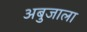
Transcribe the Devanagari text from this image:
अबुजाला